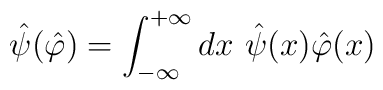
\hat\psi(\hat\varphi)= \int_{-\infty}^{+\infty}dx~\hat\psi(x)\hat\varphi(x)